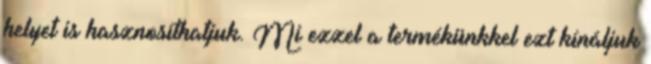
helyet is hasznosíthatjuk. Mi ezzel a termékünkkel ezt kínáljuk